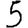
Digit: 5